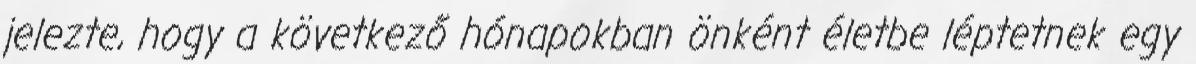
jelezte, hogy a következő hónapokban önként életbe léptetnek egy